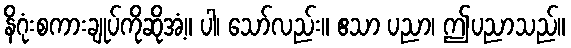
နိဂုံးစကားချုပ်ကိုဆိုအံ့။ ပါ၊ သော်လည်း။ ဧသာ ပညာ၊ ဤပညာသည်။